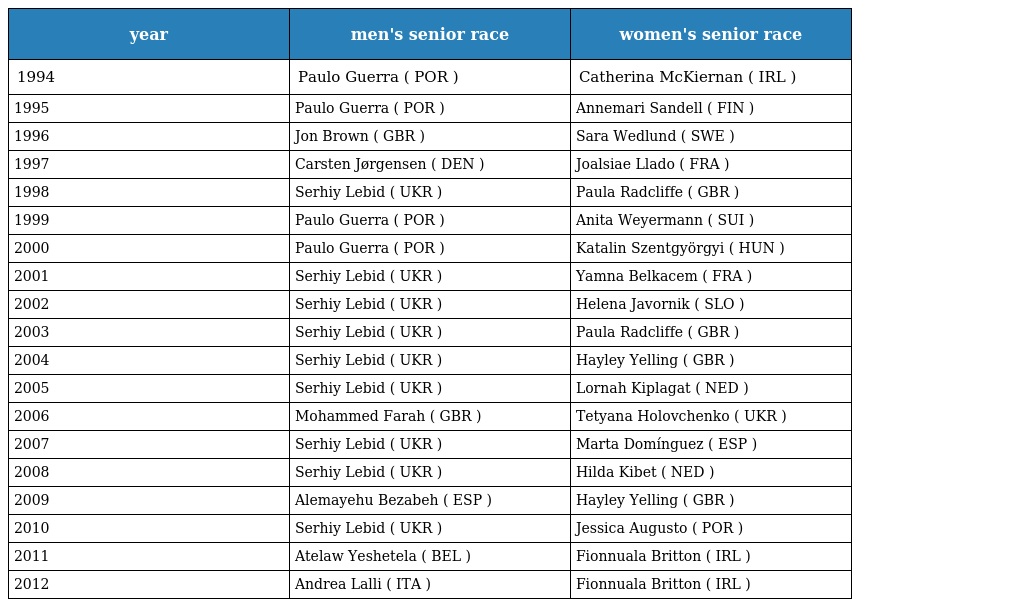
| year | men's senior race | women's senior race |
 | --- | --- | --- |
 | 1994 | Paulo Guerra ( POR ) | Catherina McKiernan ( IRL ) |
 | 1995 | Paulo Guerra ( POR ) | Annemari Sandell ( FIN ) |
 | 1996 | Jon Brown ( GBR ) | Sara Wedlund ( SWE ) |
 | 1997 | Carsten Jørgensen ( DEN ) | Joalsiae Llado ( FRA ) |
 | 1998 | Serhiy Lebid ( UKR ) | Paula Radcliffe ( GBR ) |
 | 1999 | Paulo Guerra ( POR ) | Anita Weyermann ( SUI ) |
 | 2000 | Paulo Guerra ( POR ) | Katalin Szentgyörgyi ( HUN ) |
 | 2001 | Serhiy Lebid ( UKR ) | Yamna Belkacem ( FRA ) |
 | 2002 | Serhiy Lebid ( UKR ) | Helena Javornik ( SLO ) |
 | 2003 | Serhiy Lebid ( UKR ) | Paula Radcliffe ( GBR ) |
 | 2004 | Serhiy Lebid ( UKR ) | Hayley Yelling ( GBR ) |
 | 2005 | Serhiy Lebid ( UKR ) | Lornah Kiplagat ( NED ) |
 | 2006 | Mohammed Farah ( GBR ) | Tetyana Holovchenko ( UKR ) |
 | 2007 | Serhiy Lebid ( UKR ) | Marta Domínguez ( ESP ) |
 | 2008 | Serhiy Lebid ( UKR ) | Hilda Kibet ( NED ) |
 | 2009 | Alemayehu Bezabeh ( ESP ) | Hayley Yelling ( GBR ) |
 | 2010 | Serhiy Lebid ( UKR ) | Jessica Augusto ( POR ) |
 | 2011 | Atelaw Yeshetela ( BEL ) | Fionnuala Britton ( IRL ) |
 | 2012 | Andrea Lalli ( ITA ) | Fionnuala Britton ( IRL ) |